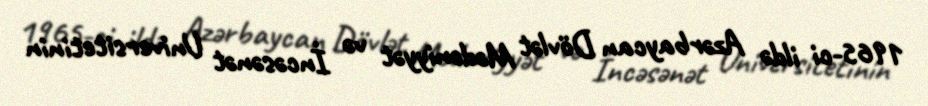
1965-ci ildə Azərbaycan Dövlət Mədəniyyət və İncəsənət Universitetinin